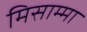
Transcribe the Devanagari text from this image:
मिसाम्मा